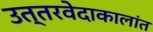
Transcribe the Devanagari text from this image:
उत्तरवेदाकालांत